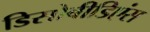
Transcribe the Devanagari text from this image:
डिसोबीडिएंस